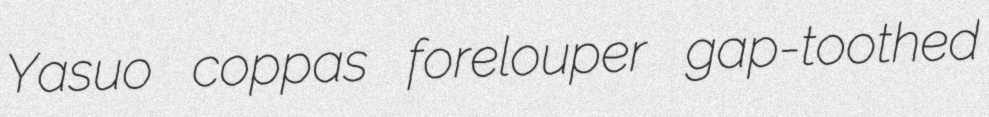
Yasuo coppas forelouper gap-toothed